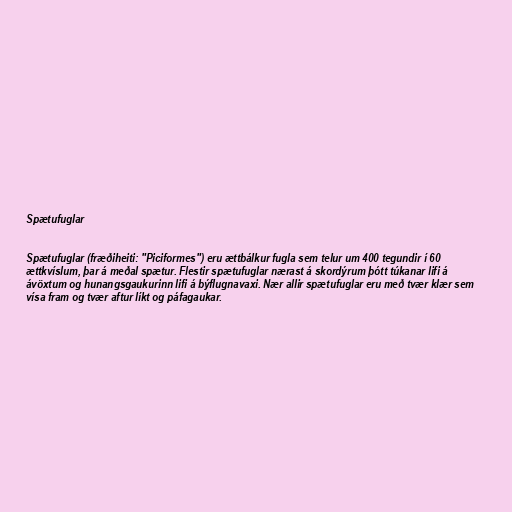
Spætufuglar

Spætufuglar (fræðiheiti: "Piciformes") eru ættbálkur fugla sem telur um 400 tegundir í 60
ættkvíslum, þar á meðal spætur. Flestir spætufuglar nærast á skordýrum þótt túkanar lifi á
ávöxtum og hunangsgaukurinn lifi á býflugnavaxi. Nær allir spætufuglar eru með tvær klær sem
vísa fram og tvær aftur líkt og páfagaukar.